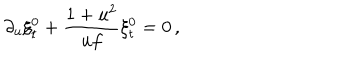
LaTeX: \partial _ { u } \xi _ { t } ^ { 0 } + { \frac { 1 + u ^ { 2 } } { u f } } \xi _ { t } ^ { 0 } = 0 \, ,